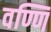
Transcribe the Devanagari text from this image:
वण्णि